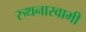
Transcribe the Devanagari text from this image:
रुथनास्वामी